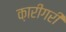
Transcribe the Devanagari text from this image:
क़ारीगरी